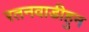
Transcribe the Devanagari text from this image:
रतनवाडीहुन